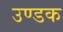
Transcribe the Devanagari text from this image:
उण्डक